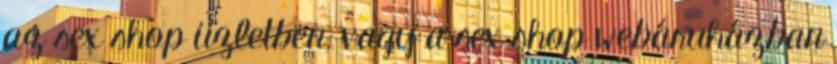
az sex shop üzletben, vagy a sex shop webáruházban